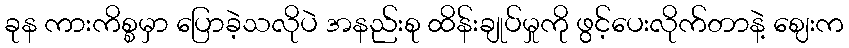
ခုန ကားကိစ္စမှာ ပြောခဲ့သလိုပဲ အနည်းစု ထိန်းချုပ်မှုကို ဖွင့်ပေးလိုက်တာနဲ့ ဈေးက